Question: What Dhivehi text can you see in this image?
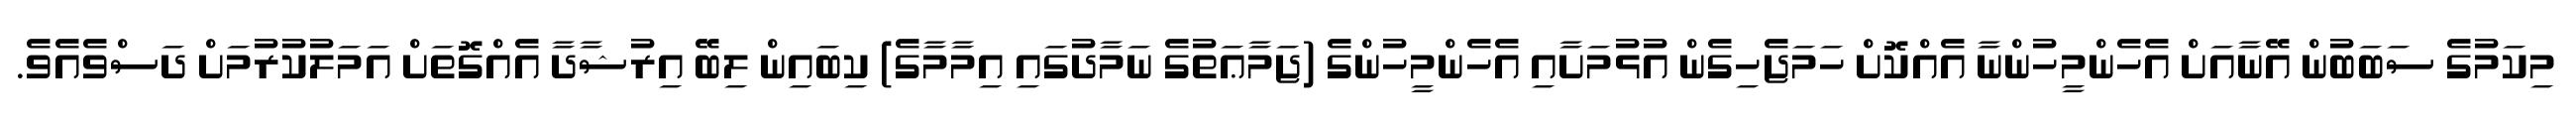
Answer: މިކަމުގެ ސަބަބުން އޭނާއަށް އެހެންމީހުންނާ އެއްކޮށް ހަމަޖެހިގެން އުޅުމަށާއި އެހެންމީހުންގެ (ޖަމާޢަތުގެ ނަމާދުގައި އިމާމާގެ) ކިބައިން ލިބޭ އިރުޝާދާ އެއްގޮތަށް އަމަލުކުރުމަށް ދަސްވެއެވެ.